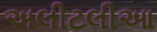
અલીટલીઆ